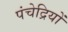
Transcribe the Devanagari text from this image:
पंचेद्रियों